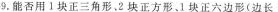
9.能否用Ⅰ块正三角形，2块正方形。1块正六边形(边长